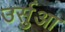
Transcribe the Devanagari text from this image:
उर्सुआ